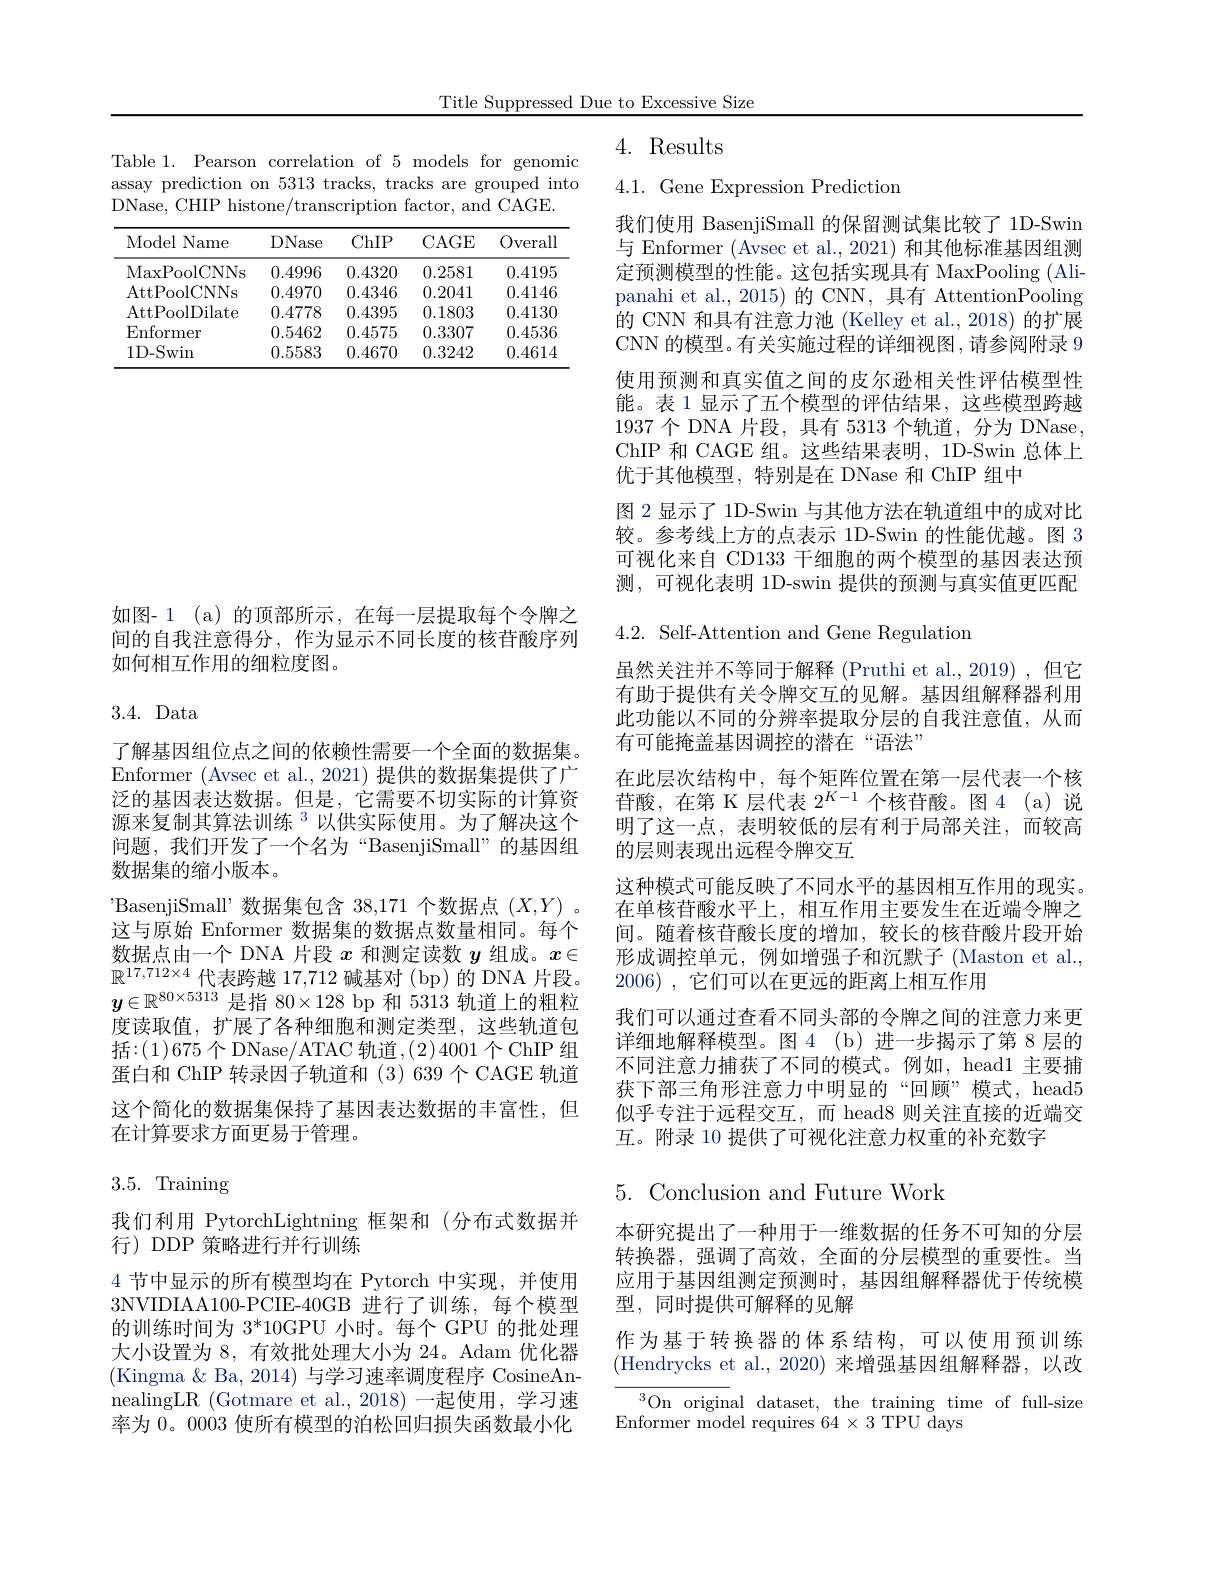
Title Suppressed Due to Excessive Size

4. Results

Table 1. Pearson correlation of 5 models for genomic assay prediction on 5313 tracks, tracks are grouped into DNase, CHIP histone/transcription factor, and CAGE.

<table>
	<tbody>
		<tr>
			<th>Model Name</th>
			<th>DNase</th>
			<th>ChIP</th>
			<th>CAGE</th>
			<th>Overal</th>
		</tr>
		<tr>
			<td>MaxPoolCNNs</td>
			<td>0.4996</td>
			<td>0.4320</td>
			<td>0.2581</td>
			<td>0.4195</td>
		</tr>
		<tr>
			<td>AttPoolCNNs</td>
			<td>0.4970</td>
			<td>0.4346</td>
			<td>0.2041</td>
			<td>0.4146</td>
		</tr>
		<tr>
			<td>AttPoolDilate</td>
			<td>0.4778</td>
			<td>0.4395</td>
			<td>0.1803</td>
			<td>0.413C</td>
		</tr>
		<tr>
			<td>$\operatorname{Enformer}$</td>
			<td>0.5462</td>
			<td>0.4575</td>
			<td>0.3307</td>
			<td>0.4536</td>
		</tr>
		<tr>
			<td>$1D-Swin$</td>
			<td>0.5583</td>
			<td>0.4670</td>
			<td>0.3242</td>
			<td>0.4614</td>
		</tr>
	</tbody>
</table>

如图- 1 (a) 的顶部所示 ,在每一层提取每个令牌之间的自我注意得分，作为显示不同长度的核苷酸序列如何相互作用的细粒度图。

# 3.4. Data

了解基因组位点之间的依赖性需要一个全面的数据集。Enformer (Avsec et al., 2021) 提供的数据集提供了广泛的基因表达数据。但是，它需要不切实际的计算资源来复制其算法训练 3以供实际使用。为了解决这个问题，我们开发了一个名为“BasenjiSmall”的基因组数据集的缩小版本。
'BasenjiSmall’数据集包含 38,171 个数据点$(X,Y)$ 。这与原始 Enformer 数据集的数据点数量相同。每个数据点由一个 DNA 片段$x$和测定读数$y$组成。$x\in$ $\mathbb{R} ^{17, 712\times 4}$ 代 表 跨 越 17, 712 碱 基 对 ( bp) 的 DNA 片 段 。$\boldsymbol{y}\in \mathbb{R} ^{80\times 5313}$ 是 指 80$\times 128$ bp 和 5313 轨 道 上 的 粗 粒度读取值，扩展了各种细胞和测定类型，这些轨道包括：(1)675个DNase/ATAC 轨道，(2)4001个ChIP 组蛋白和 ChIP 转录因子轨道和 (3)639 个 CAGE 轨道这个简化的数据集保持了基因表达数据的丰富性，但在计算要求方面更易于管理。

3.5. Training

我们利用 PytorchLightning 框架和(分布式数据并
行)DDP 策略进行并行训练
4节中显示的所有模型均在 Pytorch 中实现，并使用3NVIDIAA100-PCIE-40GB 进行了训练，每个模型的训练时间为 3*10GPU 小时。每个 GPU 的批处理大小设置为 8, 有效批处理大小为 24。Adam 优化器(Kingma $\&$ Ba, 2014) 与学习速率调度程序 CosineAnnealingLR (Gotmare et al., 2018) 一起使用，学习速率为 0。0003 使所有模型的泊松回归损失函数最小化

4.1. Gene Expression Prediction

我们使用 BasenjiSmall 的保留测试集比较了 1D-Swin 与 Enformer (Avsec et al.,2021) 和其他标准基因组测定预测模型的性能。这包括实现具有 MaxPooling (Alipanahi et al., 2015) 的 CNN, 具有 AttentionPooling 的 CNN 和具有注意力池 (Kelley et al., 2018) 的扩展CNN 的模型。有关实施过程的详细视图，请参阅附录 9使用预测和真实值之间的皮尔逊相关性评估模型性能。表 1 显示了五个模型的评估结果，这些模型跨越1937个 DNA 片段，具有 5313 个轨道，分为 DNase, ChIP 和 CAGE 组。这些结果表明，1D-Swin 总体上优于其他模型，特别是在 DNase 和 ChIP 组中
图 2 显示了 1D-Swin 与其他方法在轨道组中的成对比较。参考线上方的点表示 1D-Swin 的性能优越。图 3可视化来自 CD133 干细胞的两个模型的基因表达预测，可视化表明 1D-swin 提供的预测与真实值更匹配

$4.2.{\mathrm{~Self-Attention~and~Gene~Regulation}}$

虽然关注并不等同于解释(Pruthi et al.,2019),但它有助于提供有关令牌交互的见解。基因组解释器利用此功能以不同的分辨率提取分层的自我注意值，从而有可能掩盖基因调控的潜在“语法”
在此层次结构中，每个矩阵位置在第一层代表一个核苷酸，在第 K 层代表$2^K-1$个核苷酸。图4(a)说明了这一点，表明较低的层有利于局部关注，而较高的层则表现出远程令牌交互
这种模式可能反映了不同水平的基因相互作用的现实。在单核苷酸水平上，相互作用主要发生在近端令牌之间。随着核苷酸长度的增加，较长的核苷酸片段开始形成调控单元，例如增强子和沉默子(Maston et al., 2006) , 它们可以在更远的距离上相互作用
我们可以通过查看不同头部的令牌之间的注意力来更详细地解释模型。图 4 (b) 进一步揭示了第 8 层的不同注意力捕获了不同的模式。例如，head1 主要捕获下部三角形注意力中明显的“回顾”模式，head5似乎专注于远程交互，而 head8 则关注直接的近端交互。附录 10 提供了可视化注意力权重的补充数字
5. Conclusion and Future Work
本研究提出了一种用于一维数据的任务不可知的分层转换器，强调了高效，全面的分层模型的重要性。当应用于基因组测定预测时，基因组解释器优于传统模型，同时提供可解释的见解

作为基于转换器的体系结构，可以使用预训练(Hendrycks et al.,2020) 来增强基因组解释器，以改

$^{3}$On original dataset, the training time of full-size
Enformer model requires'$64\times3$ TPU days